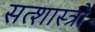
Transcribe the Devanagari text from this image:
सत्शास्त्रो